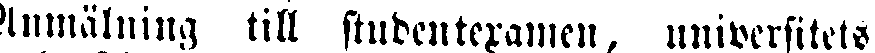
Anmälning till studentexamen, universitets